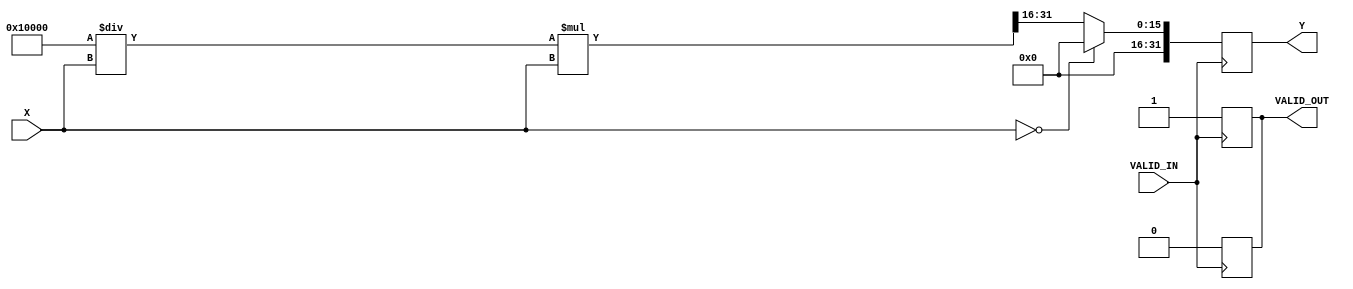
module DirectReciprocalUnit #(
    parameter INPUT_WIDTH = 16,      // Input width (fixed-point)
    parameter OUTPUT_WIDTH = 32,     // Output width (fixed-point)
    parameter FRACTIONAL_BITS = 16   // Number of fractional bits
)(
    input wire [INPUT_WIDTH-1:0] X,      // Input Data
    input wire VALID_IN,                   // Valid Input Signal
    output reg [OUTPUT_WIDTH-1:0] Y,      // Reciprocal Result
    output reg VALID_OUT                   // Valid Output Signal
);

    reg [OUTPUT_WIDTH-1:0] approx_reciprocal;
    reg [OUTPUT_WIDTH-1:0] multiplier;
    reg [OUTPUT_WIDTH-1:0] temp_result;

    always @(posedge VALID_IN) begin
        // Special case: Check for division by zero
        if (X == 0) begin
            Y <= {OUTPUT_WIDTH{1'b0}}; // Return zero or handle NaN as needed
            VALID_OUT <= 1'b1;
        end else begin
            // Example: Using a simple reciprocal approximation
            // Here we are using a constant multiplier for a simple approximation
            // This multiplier would typically be derived from a more complex algorithm
            // such as Newton-Raphson or CORDIC.

            // For demonstration, we'll use a simple fixed constant for approximation
            // This constant should be calculated based on your application needs.
            // For example, for 16-bit fixed-point, you might use:
            multiplier = (1 << FRACTIONAL_BITS) / X; // Simple reciprocal approximation
            
            // Perform multiplication to get the reciprocal
            temp_result = multiplier * X;

            // Shift to manage precision
            Y <= temp_result >> FRACTIONAL_BITS;

            // Set valid output signal
            VALID_OUT <= 1'b1;
        end
    end

    // Reset valid output after one clock cycle
    always @(posedge VALID_IN) begin
        if (VALID_OUT) begin
            VALID_OUT <= 1'b0;
        end
    end

endmodule